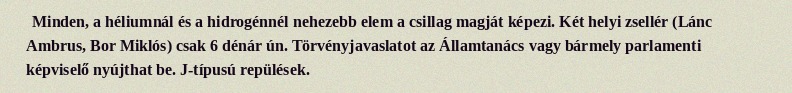
Minden, a héliumnál és a hidrogénnél nehezebb elem a csillag magját képezi. Két helyi zsellér (Lánc Ambrus, Bor Miklós) csak 6 dénár ún. Törvényjavaslatot az Államtanács vagy bármely parlamenti képviselő nyújthat be. J-típusú repülések.